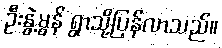
ဦးနွဲ့မွန် ရွာသို့ပြန်လာသည်။